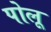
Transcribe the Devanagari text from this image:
पोलू